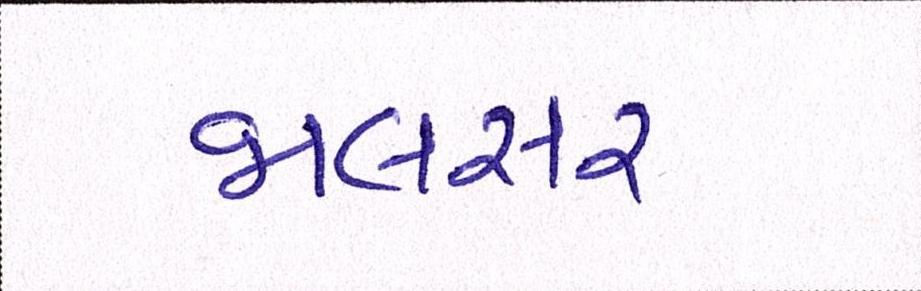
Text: જાલસર